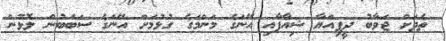
ތެދަށް ޖަވާބު ދީފިއްޔާ ޝިއާފާއި އޭނަގެ މަންމަގެ ގުޅުމަށް އޭނަގެ ސަބަބުން ލޮޅުން